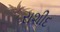
રાશીદ